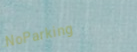
NoParking